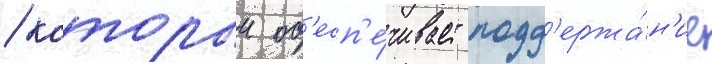
/ которыи об'есп'е́чивает подд'ержа́н'ие